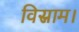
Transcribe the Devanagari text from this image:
विस्राम।